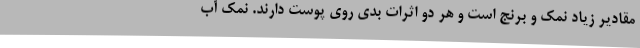
مقادیر زیاد نمک و برنج است و هر دو اثرات بدی روی پوست دارند. نمک آب